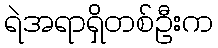
ရဲအရာရှိတစ်ဦးက